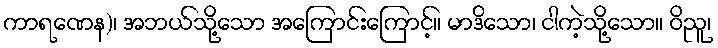
ကာရဏေန)၊ အဘယ်သို့သော အကြောင်းကြောင့်။ မာဒိသော၊ ငါကဲ့သို့သော။ ဝိညူ၊